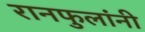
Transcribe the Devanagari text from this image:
रानफुलांनी